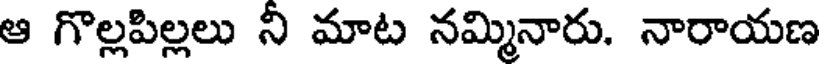
ఆ గొల్లపిల్లలు ని మాట నమ్మినారు. నారాయణ